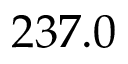
2 3 7 . 0